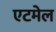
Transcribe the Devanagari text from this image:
एटमेल